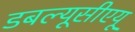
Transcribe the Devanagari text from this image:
डबल्यूसीएयू